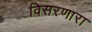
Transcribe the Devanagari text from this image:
विसरणारा